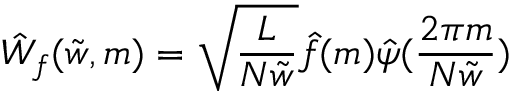
\hat { W } _ { f } ( \tilde { w } , m ) = \sqrt { \frac { L } { N \tilde { w } } } \hat { f } ( m ) \hat { \psi } ( \frac { 2 \pi m } { N \tilde { w } } )